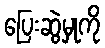
ပြေးဆွဲမှုကို